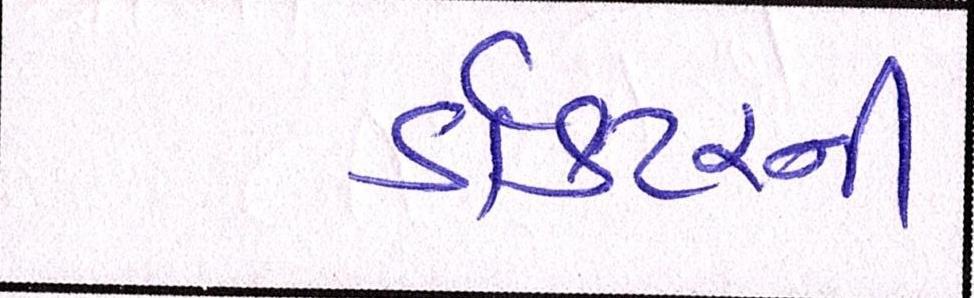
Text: ડોક્ટરની